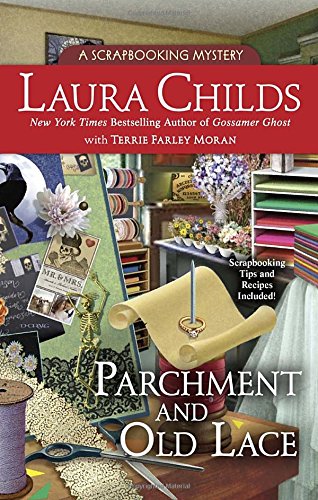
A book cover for Parchment and Old Lace: A Scrapbooking Mystery; Laura Childs; Mystery, Thriller & Suspense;